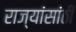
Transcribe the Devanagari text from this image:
राज्यांसांठी